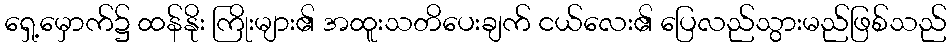
ရှေ့မှောက်၌ ထန်နိုး ကြိုးများ၏ အထူးသတိပေးချက် ငယ်လေး၏ ပြေလည်သွားမည်ဖြစ်သည်